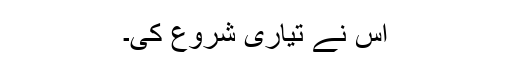
اس نے تیاری شروع کی۔